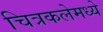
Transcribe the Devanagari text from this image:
चित्रकलेमध्ये